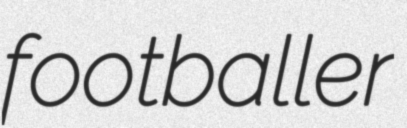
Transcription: footballer